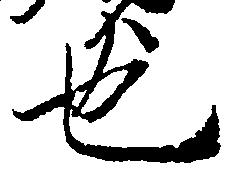
也